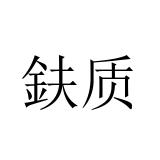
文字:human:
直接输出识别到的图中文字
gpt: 鈇质